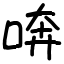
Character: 喯